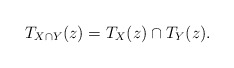
\begin{align*}T_{X \cap Y}(z) = T_{X}(z) \cap T_{Y}(z).\end{align*}